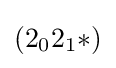
(2_{0}2_{1}{*})